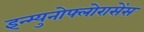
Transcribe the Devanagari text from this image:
इन्म्युनोफ्लोरासेंस